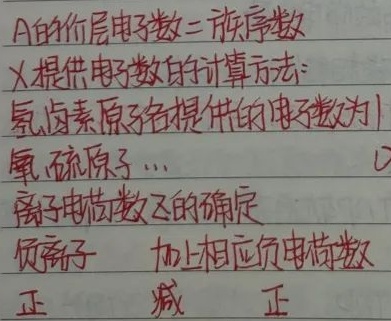
A的价层电子数 = 族序数。X提供电子数的计算方法：氢、卤素原子各提供的电子数为1，氧、硫原子… \textcircled{1}离子电荷数Z的确定：负离子，加上相应负电荷数；正离子，减去相应正电荷数。